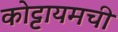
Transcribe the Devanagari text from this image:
कोट्टायमची